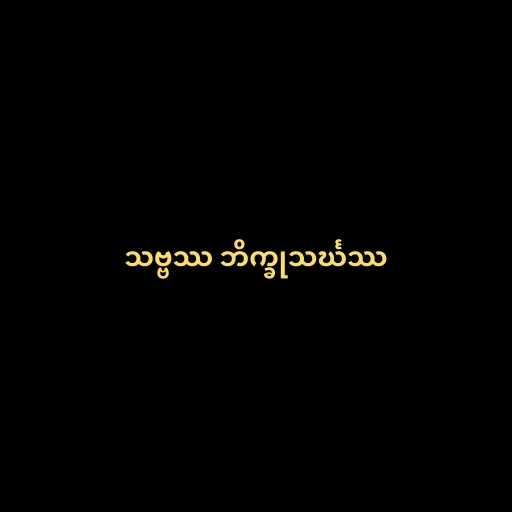
သဗ္ဗဿ ဘိက္ခုသင်္ဃဿ